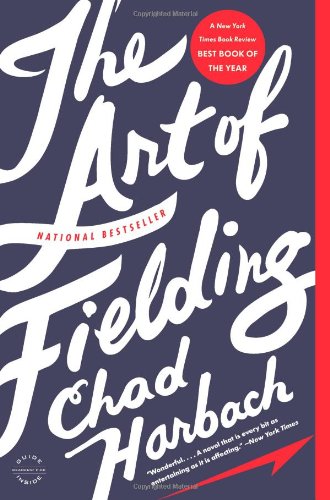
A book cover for The Art of Fielding: A Novel; Chad Harbach; Literature & Fiction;